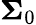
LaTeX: {\boldsymbol{\Sigma}}_{0}